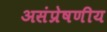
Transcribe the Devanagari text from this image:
असंप्रेषणीय